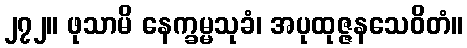
၂၇၂။ ဖုသာမိ နေက္ခမ္မသုခံ၊ အပုထုဇ္ဇနသေဝိတံ။